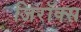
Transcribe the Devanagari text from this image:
जिरॉक्स